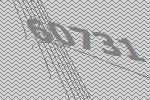
60731